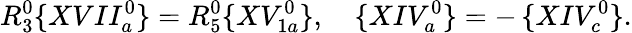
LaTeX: R_{3}^{0}\{ XVII_{a}^{0}\} =R_{5}^{0}\{ XV_{1a}^{0}\} ,\quad\{ XIV_{a}^{0}\} =-\, \{ XIV_{c}^{0}\} .